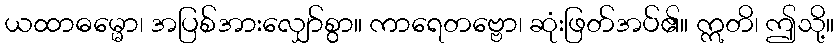
ယထာဓမ္မော၊ အပြစ်အားလျှော်စွာ။ ကာရေတဗ္ဗော၊ ဆုံးဖြတ်အပ်၏။ ဣတိ၊ ဤသို့။